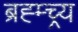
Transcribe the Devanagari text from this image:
ब्रह्म्च्र्य